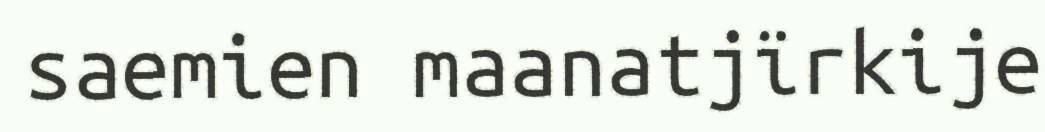
saemien maanatjïrkije